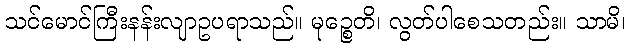
သင်မောင်ကြီးနန်းလျာဥပရာသည်။ မုဉ္စေတိ၊ လွတ်ပါစေသတည်း။ သာမိ၊